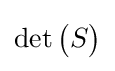
\det {\begin{pmatrix}S\end{pmatrix}}